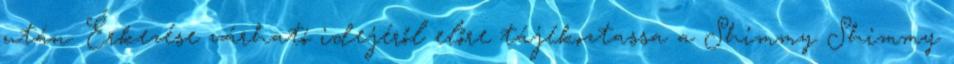
után. Érkezése várható idejéről előre tájékoztassa a Shimmy Shimmy